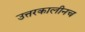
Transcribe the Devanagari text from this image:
उत्तरकालीनच